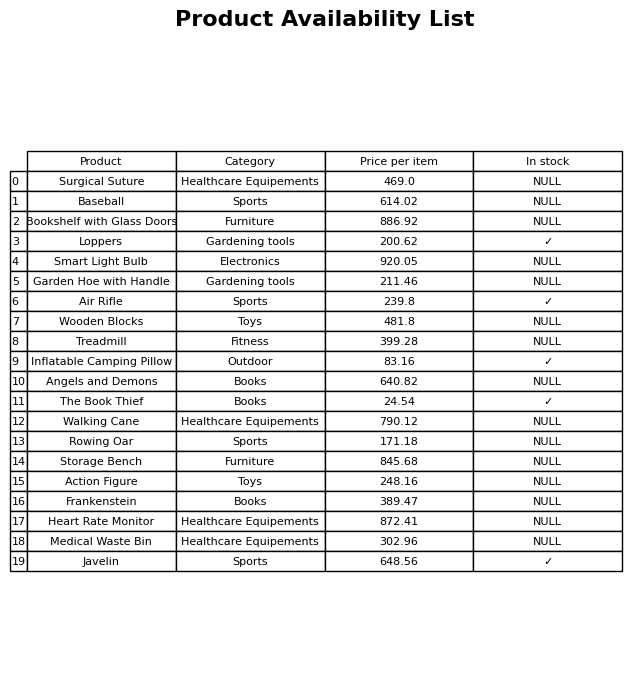
question: Which products are available in stock?
answer: Loppers, Air Rifle, Inflatable Camping Pillow, The Book Thief, Javelin